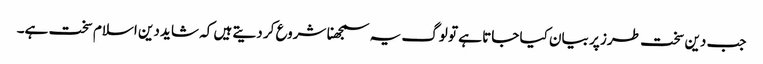
جب دین سخت طرز پر بیان کیا جاتا ہے تو لوگ یہ سمجھنا شروع کر دیتے ہیں کہ شاید دین اسلام سخت ہے۔